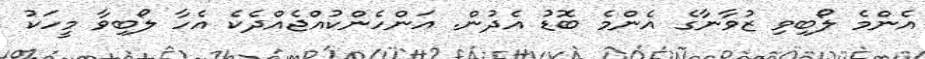
އެންމެ ލޯބިވި ޒުވާނާގެ އެންމެ ބޮޑު އެދުން. އަންހެންކުއްޖެއްދެކެ އެހާ ލޯބިވާ މީހަކު